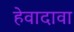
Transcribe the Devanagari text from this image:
हेवादावा